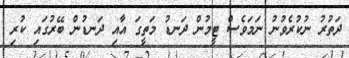
ދަތުރު ނުކުރެވުނު ނަމަވެސް ޓީމުން ދަނޑު މަތީގަ އާއި ދަނޑުން ބޭރުގައި ކުރި